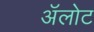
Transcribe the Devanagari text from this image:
अॅलोट